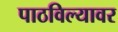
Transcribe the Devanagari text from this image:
पाठविल्यावर